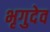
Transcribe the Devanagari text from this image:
भृगुदेव